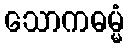
သောကဓမ္မံ